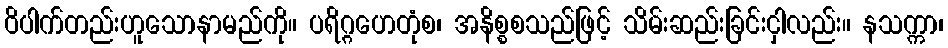
ဝိပါက်တည်းဟူသောနာမည်ကို။ ပရိဂ္ဂဟေတုံစ၊ အနိစ္စစသည်ဖြင့် သိမ်းဆည်းခြင်းငှါလည်း။ နသက္ကာ၊